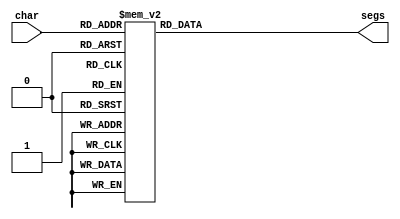
/*
   This file was generated automatically by the Mojo IDE version B1.3.6.
   Do not edit this file directly. Instead edit the original Lucid source.
   This is a temporary file and any changes made to it will be destroyed.
*/

module seven_seg_5 (
    input [3:0] char,
    output reg [6:0] segs
  );
  
  
  
  always @* begin
    
    case (char)
      1'h0: begin
        segs = 7'h00;
      end
      1'h1: begin
        segs = 7'h77;
      end
      2'h2: begin
        segs = 7'h7c;
      end
      2'h3: begin
        segs = 7'h39;
      end
      3'h4: begin
        segs = 7'h5e;
      end
      3'h5: begin
        segs = 7'h79;
      end
      3'h6: begin
        segs = 7'h76;
      end
      3'h7: begin
        segs = 7'h38;
      end
      4'h8: begin
        segs = 7'h15;
      end
      4'h9: begin
        segs = 7'h37;
      end
      4'ha: begin
        segs = 7'h3f;
      end
      4'hb: begin
        segs = 7'h73;
      end
      4'hc: begin
        segs = 7'h33;
      end
      4'hd: begin
        segs = 7'h6d;
      end
      4'he: begin
        segs = 7'h3e;
      end
      4'hf: begin
        segs = 7'h64;
      end
      default: begin
        segs = 7'h00;
      end
    endcase
  end
endmodule